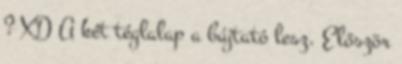
? XD A két téglalap a bújtató lesz. Először